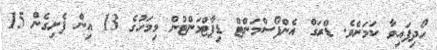
ހޯދިފައިވާ ކަމަށެވެ. ޑްރަގް އެންފޯސްމަންޓް ޑިޕާޓްމަންޓުން މިމަހުގެ 13 އިން ފެށިގެން 15